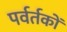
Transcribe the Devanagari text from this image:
पर्वर्तकों